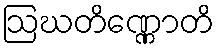
ဩဃတိဏ္ဏောတိ